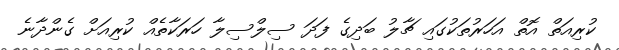
ކުރިއަތް އޮތް އަހަރުތަކުގައި ޗާލު ބަދިގެ ފަދަ ސިލްސިލާ ހަރަކާތެއް ކުރިއަށް ގެންދާނެ